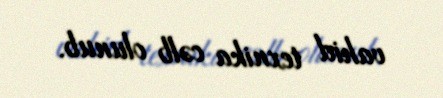
vahid texnika cəlb olunub.